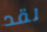
لقد